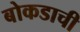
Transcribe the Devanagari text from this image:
बोकडाची